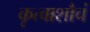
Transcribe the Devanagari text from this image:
कृत्वाशौचं